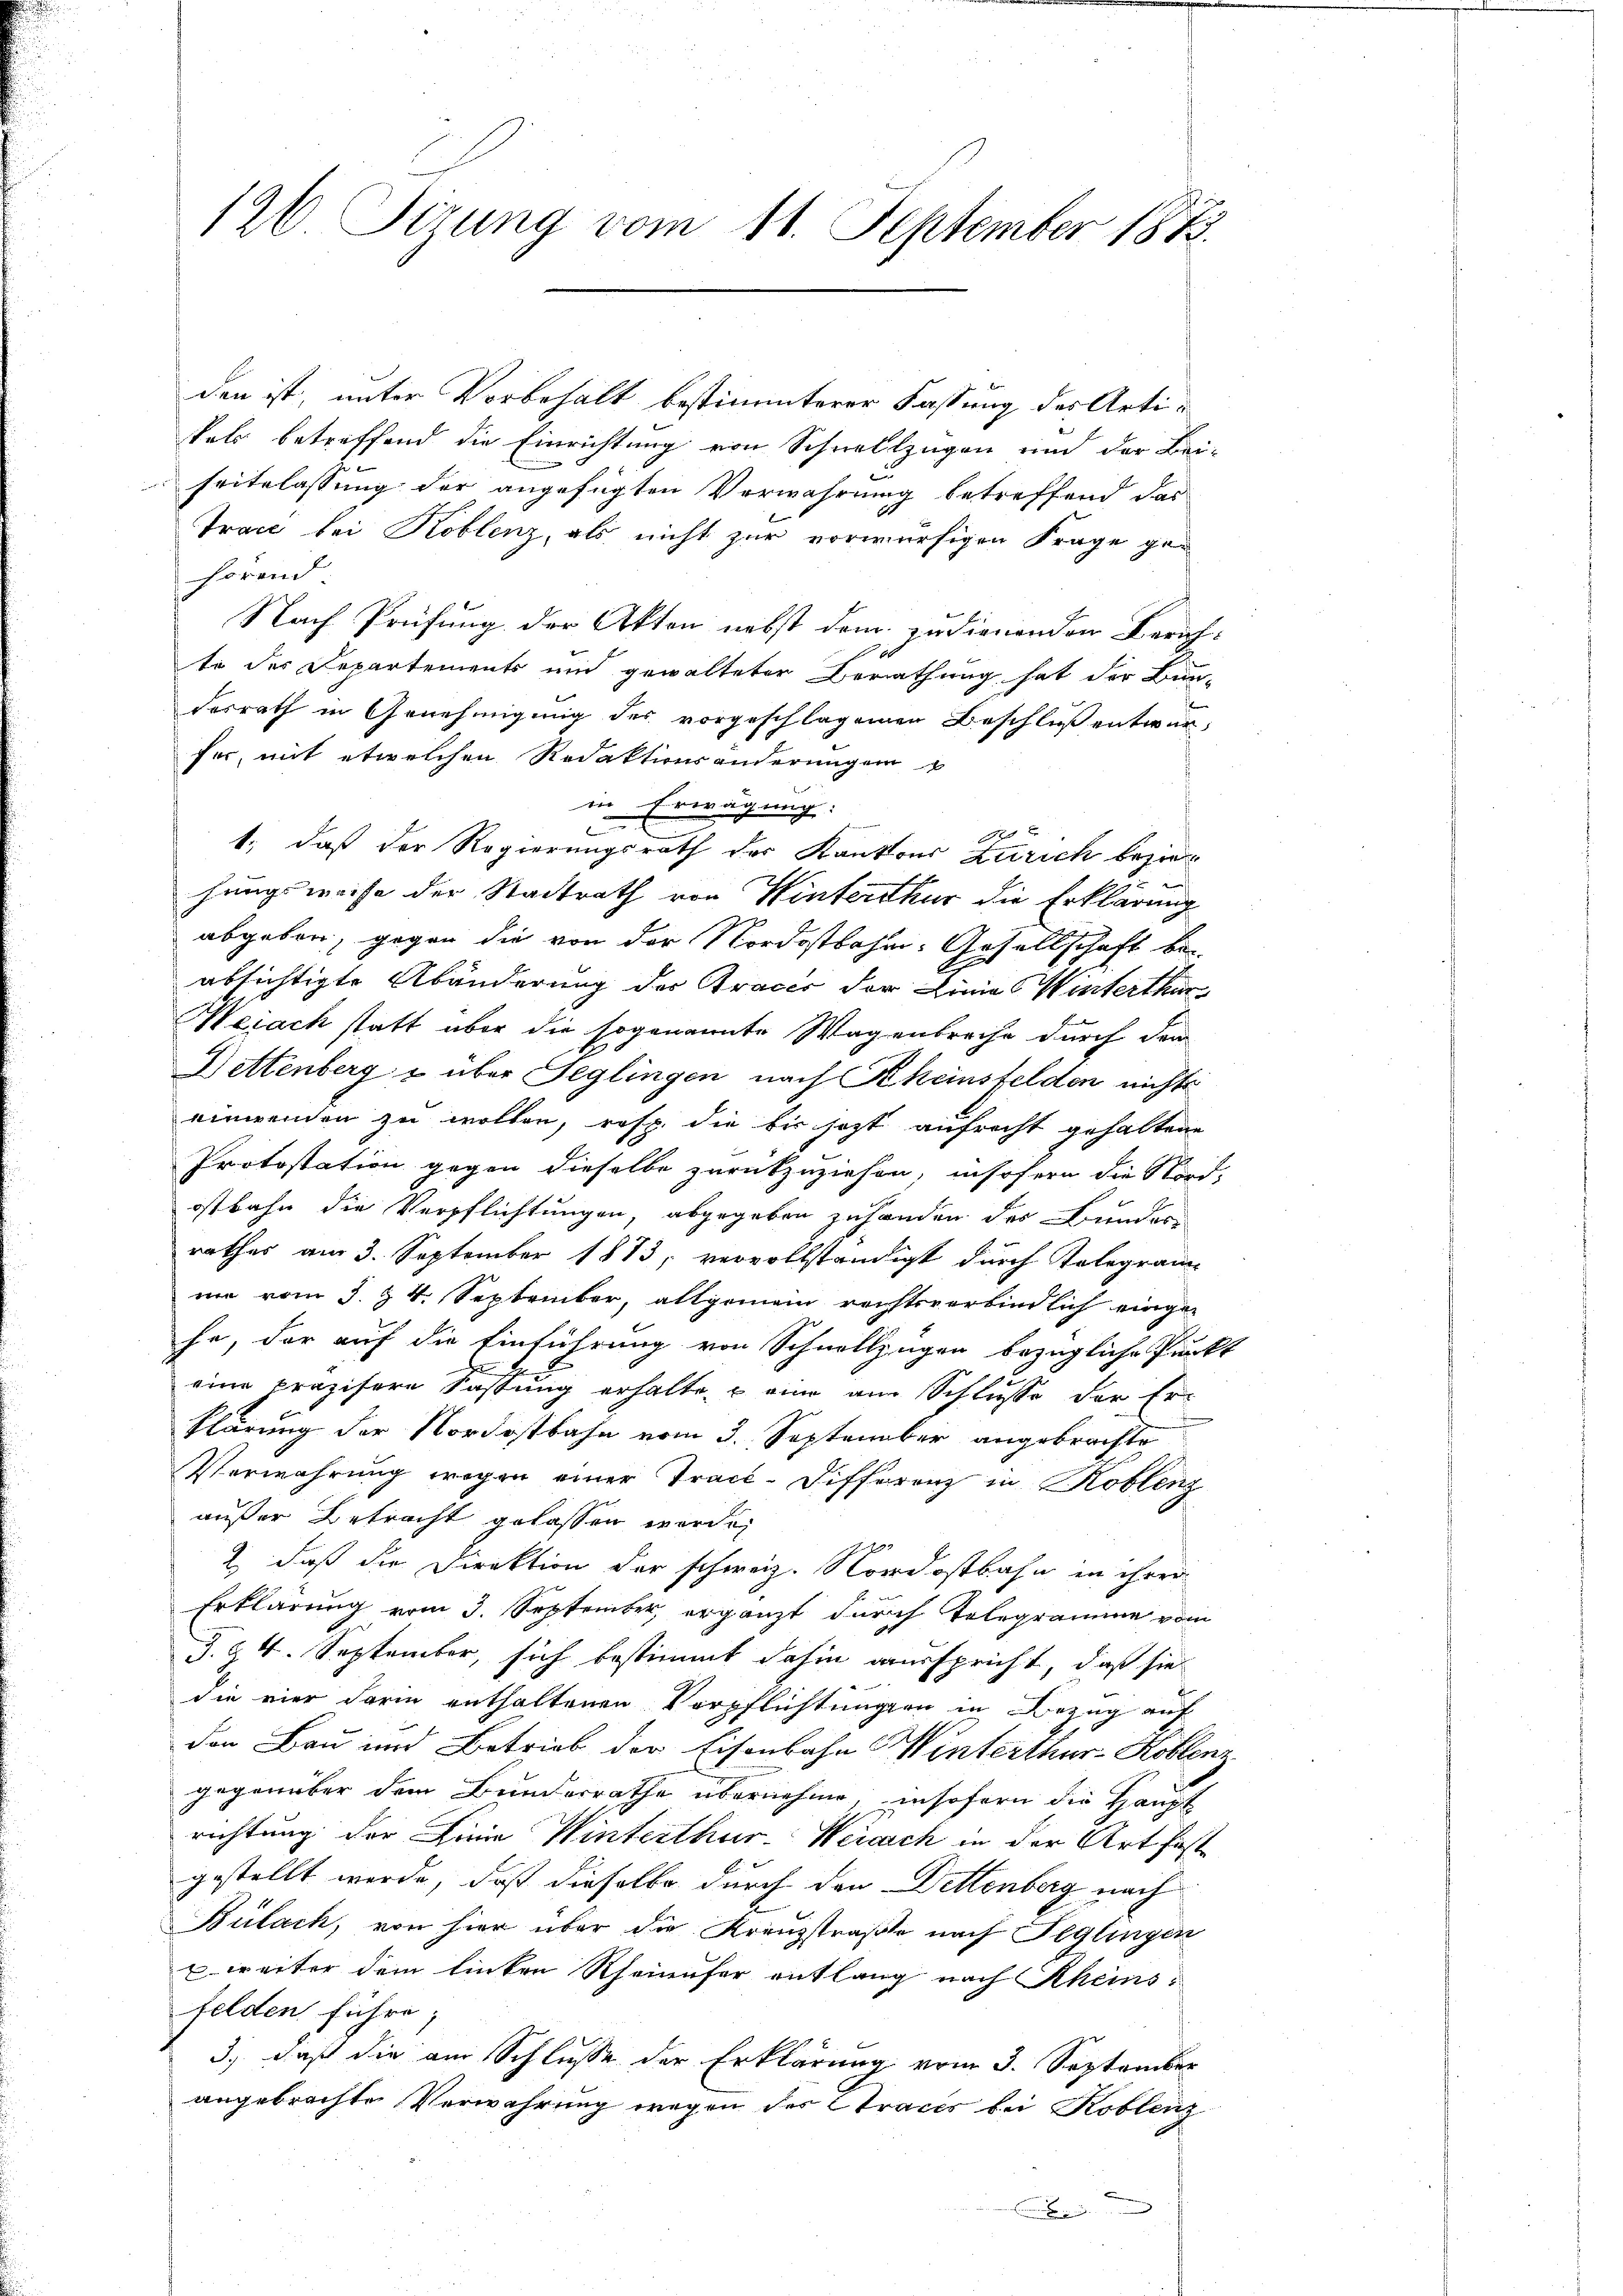
196 Sirung vom 11. September 1873.

den ist, unter Vorbehalt bestimmterer Fassung des Artikals betreffend die Einrichtung von Schnellzügen und der Bei-
seitslassung der angefügten Verwahrung betreffend das
Trace bei Koblenz, als nicht zur vorwürfigen Frage gehörend
Nach Prüfung der Akten nebst dem zu dienenden Zürichte des Departements und gewalteter Berathung hat der Bun-
desrath in Genehmigung des vorgeschlagenen Beschluß entwurfer, mit etwelchen Redaktionsänderungen
in Erwägung:
1
1., daß der Regierungsrath der Kantons Zürich beziehungsweise der Stadtrath von Winterthur die Erklärung
abgeben, gegen die von der Nordostbahn-Gesellschaft be-
absichtigte Abänderung der Traces der Linie Winterthur
Weiach statt über die sogenannte Wagenbrache durch der
Dettenberg & über Seglingen nach Rheinsfelden nichts
einwenden zu wollen, resp. die bis jezt aufrecht gehaltene
Protostation gegen dieselbe zurückzuziehen, insofern die Nord-
ostbahn die Verpflichtungen, abgegeben zuhanden des Bunder
rathes am 3. September 1873, vervollständigt durch Telegram-
ne vom 3. & 4. September, allgemein rechtsverbindlich eingehe, der auf die Einführung von Schnellzügen bezügliche Punkt
eine präzisere Fassung erhalte, eine am Schlusse der Er-
klärung der Nordostbahn vom 3. September angebrachte
Verwahrung wegen einer Trace-Differenz in Koblenz
außer Betracht gelassen werde,
2. daß die Direktion der schweiz. Nordostbahn in ihrer
Erklärung vom 3. September, ergänzt durch Telegramme vom
3. §. 4. September, sich bestimmt dahin ausspricht, daß sie
die vier darin enthaltenen Verpflichtungen in Bezug auf
den Bau und Betrieb der Eisenbahn Winterthur–Koblenz
gegenüber dem Bunderrathe übernehme, insofern die Haupt
richtung der Linie Winterthur-Weiach in der Art fest
gestellt werde, daß dieselbe durch den Dettenberg nach
Bülach, von hier über die Krenzstraße nach Peglingen
 weiter dem linken Rheinufer entlang nach Rheinsfelden führe;
3.) daß die am Schlusse der Erklärung vom 3. September
angebrachte Verwahrung wegen der Traces bei Koblenz
x
x